Vital statistics of India. Vol. VI, European troops 1870-79
Year: 1870
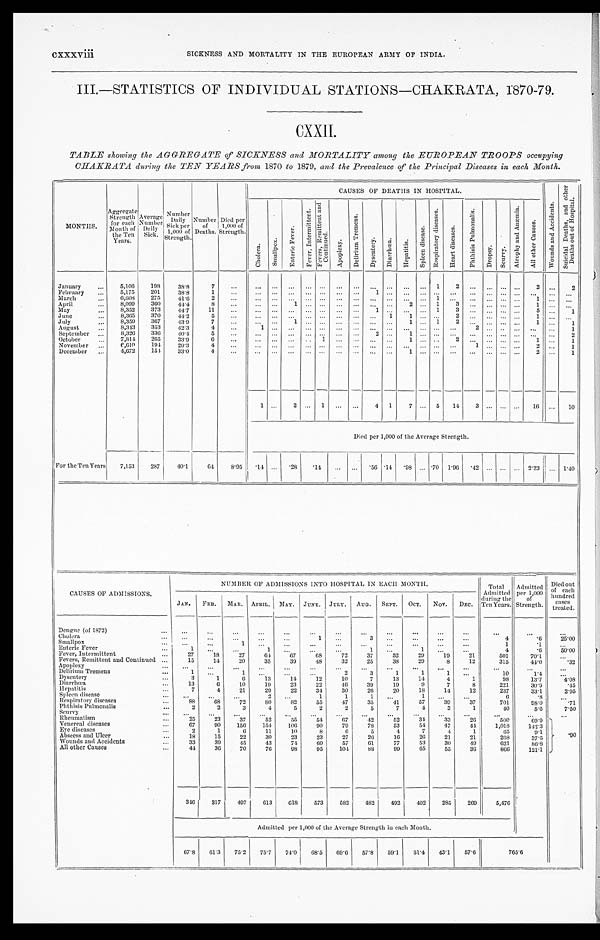
cxxxviii
SICKNESS AND MORTALITY IN THE EUROPEAN ARMY OF INDIA.
III.—STATISTICS OF INDIVIDUAL STATIONS—CHAKRATA, 1870-79.
CXXII.
TABLE showing the AGGREGATE of SICKNESS and MORTALITY among the EUROPEAN TROOPS occupying
CHAKRATA during the TEN YEARS from 1870 to 1879, and the Prevalence of the Principal Diseases in each Month.
MONTHS.
Aggregate Strength for each
Month of
the Ten
Years. Average Number Daily Sick. Number Daily Sick per
1,000 of
Strength.
Number of Deaths.
D i e d p e r
1 , 0 0 0 o f
S t r e n g t h .
CAUSES OF DEATHS IN HOSPITAL.
W o u n d s a n d A c c i d e n t s .
S u i c i d a l D e a t h s , a n d o t h e r
D e a t h s o u t o f H o s p i t a l .
C h o l e r a .
S m a l l p o x .
E n t e r i c F e v e r .
F e v e r , I n t e r m i t t e n t .
F e v e r s , R e m i t t e n t a n d
C o n t i n u e d .
A p o p l e x y .
D e l i r i u m T r e m e n s .
D y s e n t e r y . D i a r r h œ a . H e p a t i t i s .
S p l e e n d i s e a s e .
R e s p i r a t o r y d i s e a s e s .
H e a r t d i s e a s e s .
P h t h i s i s P u l m o n a l i s .
D r o p s y . S c u r v y .
A t r o p h y a n d A n æ m i a .
A l l o t h e r c a u s e s .
January
5,106 198 38.8 7
1 2
2
2
February
5,175 201 38.8 1
1
March
6,608 275 41.6 2
1
1
April
8,099 360 44.4 8
1
2
1 3
1
May
8 , 3 5 2
3 7 3
4 4 . 7 1
1
1 1 3
5
1
June
8,365 370
4 4 . 2 5
1
1
2
1
July
8,359
3 6 7
4 3 . 9 7
1
1
1 2
1
1
August
8,343
3 5 3 42.3 4
1
2
1
September
8,326 336 40.4 5
2
1
2
October
7,814 265 33.9 6
1
1
2
1
1
November
6,6l9 194 29.3 4
1
2
1
December
4,672 154 33.0 4
1
2
1
1
2 1
4 1 7
5 14 3
16
10
Died per 1,000 of the Average Strength.
For the Ten Years 7,153 287 40.1
6 4 8.95
. 1 4
.28 .14
. 5 6 .14 .98
. 7 0 1.96 . 4 2
2.23
1 . 4 0
CAUSES OF ADMISSIONS.
NUMBER OF ADMISSIONS INTO HOSPITAL IN EACH MONTH.
Total Admi t t ed
duri ng t he
Ten Year s. Admitted per 1,000
of Strength.
Died out
of each
hundred cases treated.
JAN. FEB. MAR. APRIL. MAY. JUNE. JULY. AUG. SEPT. OCT. NOV. DEC.
Dengue (of 1872)
Cholera
1
3
4
. 6 25. 00
Smallpox
1
1
. 1
Enteric Fever
1
1
1
1
4
.6
5 0 . 0 0
Fever, Intermittent
27 18 27 64 67 68 72 37 52 29 19 21
501
70. 1
Fevers, Remittent and Continued
15 14 20 35 39 48 32 25 38 29
8 12
315
44. 0
.32
Apoplexy Delirium Tremens
1
1
2
3
1
1
1
10
1 . 4
Dysentery
3
1
6 13 14 12 10
7 13 14
4
1
98
13. 7
4. 08
Diarrhœa
13
6 10 19 23 22 46 39 19
9
7
8
221
30. 9
.45
Hepat i t i s
7
4 21 29 22 34 30 26 20 18 14 12
237
33. 1
2. 95
Spleen disease
2
1
1
1
1
6
. 8
Respiratory diseases
88 68
7 2
80 82 55 47 35 41 57 39 37
701
98. 0
.71
Phthisis Pulmonalis
2
2
3
4
5
2
2
5
7
4
3
1
4 0
5. 6
7. 50
Scurvy Rheumatism
25 23
3 7
5 2
5 5
5 4
6 7
4 2
5 2
3 4 33
2 6
5 0 0
69. 9
. 9 0
Venereal diseases
67 90 156 154 106 90 79 78 53 54 47 44 1,018 142. 3
Eye diseases
2 1
6 11 10
8
6
5
4
7
4
1
65
9 . 1
Abscess and Ulcer
18 15 22 30 23 23 27 26 16 26 21 21
268
37. 5
Wounds and Accidents
3 3 39 45 43 74 60 57
6 1 77 53 30 49
621
86. 8
All other Causes
4 4
36 70 76
9 8 95 104 88 99 65 55 36
866 121. 1
346 317 497 613 618 573 582 482 492 402 285 269 5,476
Admitted per 1,000 of the Average Strength in each Month.
67.8 61.3 75.2 75.7 74.0 68.5 69.6 57.8 59.1 51.4 43.1 57.6
7 6 5 . 6